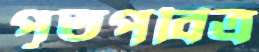
পূতপবিত্র